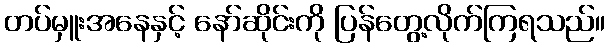
တပ်မှူးအနေနှင့် နော်ဆိုင်းကို ပြန်တွေ့လိုက်ကြရသည်။